Indian journal of veterinary science and animal husbandry - Volume 5,
Year: 1935
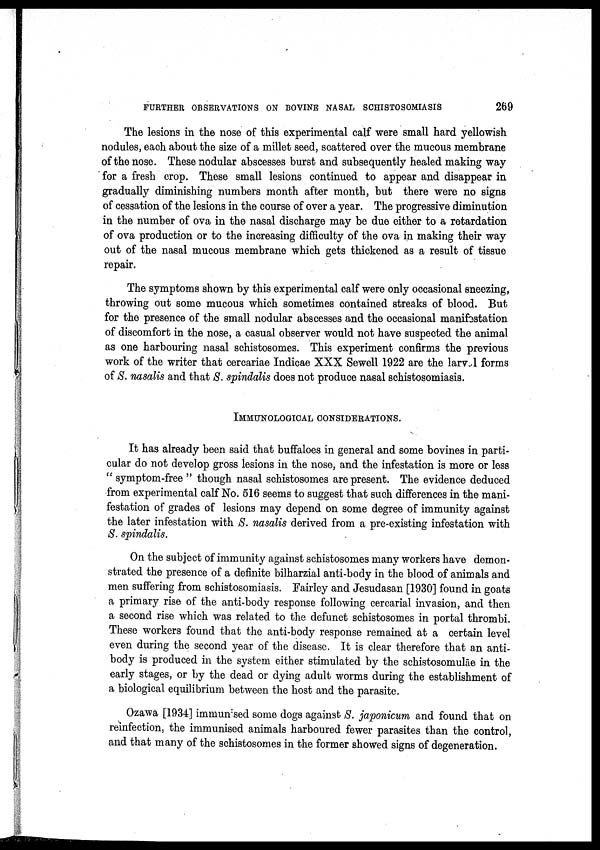
FURTHER OBSERVATIONS ON BOVINE NASAL SCHISTOSOMIASIS
269
The lesions in the nose of this experimental calf were small hard yellowish
nodules, each about the size of a millet seed, scattered over the mucous membrane
of the nose. These nodular abscesses burst and subsequently healed making way
for a fresh crop. These small lesions continued to appear and disappear in
gradually diminishing numbers month after month, but there were no signs
of cessation of the lesions in the course of over a year. The progressive diminution
in the number of ova in the nasal discharge may be due either to a retardation
of ova production or to the increasing difficulty of the ova in making their way
out of the nasal mucous membrane which gets thickened as a result of tissue
repair.
The symptoms shown by this experimental calf were only occasional sneezing,
throwing out some mucous which sometimes contained streaks of blood. But
for the presence of the small nodular abscesses and the occasional manifestation
of discomfort in the nose, a casual observer would not have suspected the animal
as one harbouring nasal schistosomes. This experiment confirms the previous
work of the writer that cercariae Indicae XXX Sewell 1922 are the larv 1 forms
of S. nasalis and that S. spindalis does not produce nasal schistosomiasis.
IMMUNOLOGICAL CONSIDERATIONS.
It has already been said that buffaloes in general and some bovines in parti
cular do not develop gross lesions in the nose, and the infestation is more or less
" symptom-free " though nasal schistosomes are present. The evidence deduced
from experimental calf No. 516 seems to suggest that such differences in the mani
festation of grades of lesions may depend on some degree of immunity against
the later infestation with S. nasalis derived from a pre-existing infestation with
S. spindalis.
On the subject of immunity against schistosomes many workers have demon
strated the presence of a definite bilharzial anti-body in the blood of animals and
men suffering from schistosomiasis. Fairley and Jesudasan [1930] found in goats
a primary rise of the anti-body response following cercarial invasion, and then
a second rise which was related to the defunct schistosomes in portal thrombi.
These workers found that the anti-body response remained at a certain level
even during the second year of the disease. It is clear therefore that an anti
body is produced in the system either stimulated by the schistosomulāe in the
early stages, or by the dead or dying adult worms during the establishment of
a biological equilibrium between the host and the parasite.
Ozawa [1934] immunised some dogs against S. japonicum and found that on
reinfection, the immunised animals harboured fewer parasites than the control,
and that many of the schistosomes in the former showed signs of degeneration.